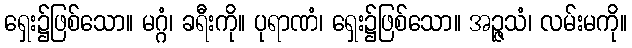
ရှေး၌ဖြစ်သော။ မဂ္ဂံ၊ ခရီးကို။ ပုရာဏံ၊ ရှေး၌ဖြစ်သော။ အဉ္ဇသံ၊ လမ်းမကို။